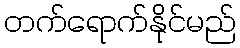
တက်ရောက်နိုင်မည်